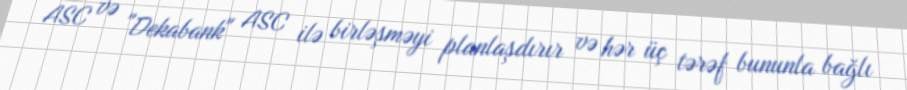
ASC və "Dekabank" ASC ilə birləşməyi planlaşdırır və hər üç tərəf bununla bağlı